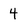
Character: 4